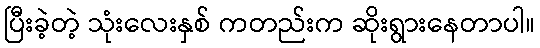
ပြီးခဲ့တဲ့ သုံးလေးနှစ် ကတည်းက ဆိုးရွားနေတာပါ။